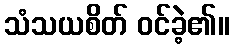
သံသယစိတ် ဝင်ခဲ့၏။